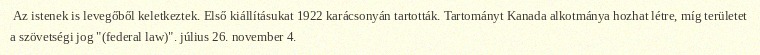
Az istenek is levegőből keletkeztek. Első kiállításukat 1922 karácsonyán tartották. Tartományt Kanada alkotmánya hozhat létre, míg területet a szövetségi jog "(federal law)". július 26. november 4.